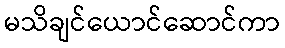
မသိချင်ယောင်ဆောင်ကာ